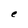
Character: e